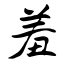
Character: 羞